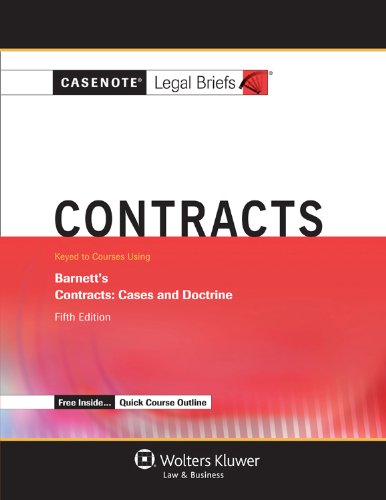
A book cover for Casenotes Legal Briefs: Contracts, Keyed to Barnett, Fifth Edition (Casenote Legal Briefs); Casenotes; Law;